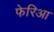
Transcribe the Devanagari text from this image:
फेरिआ